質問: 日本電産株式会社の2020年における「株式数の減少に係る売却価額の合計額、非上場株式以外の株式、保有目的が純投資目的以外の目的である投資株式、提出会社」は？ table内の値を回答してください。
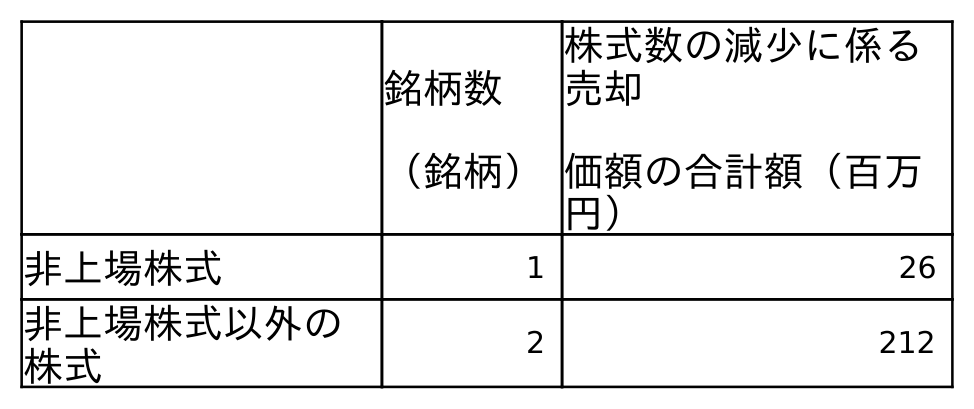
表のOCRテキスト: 銘柄数 （銘柄） 株式数の減少に係る 売却 価額の合計額（百万 円） 非上場株式 1 26 非上場株式以外の 株式 2 212
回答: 212